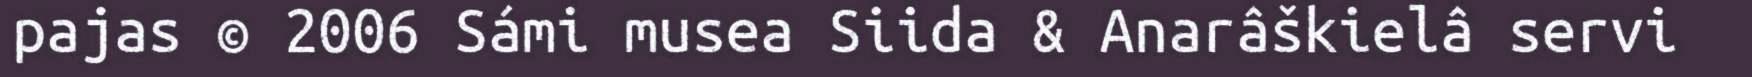
pajas © 2006 Sámi musea Siida & Anarâškielâ servi